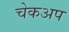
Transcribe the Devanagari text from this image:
चेकअप